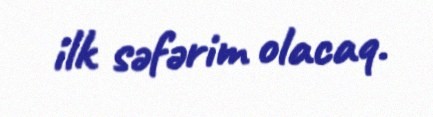
ilk səfərim olacaq.